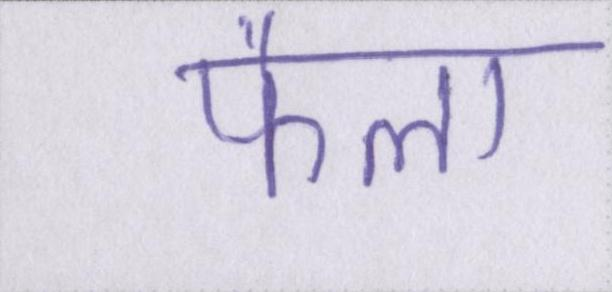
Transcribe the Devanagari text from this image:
फैला